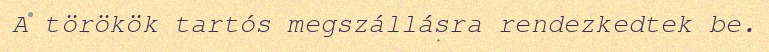
A törökök tartós megszállásra rendezkedtek be.